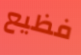
فظيع